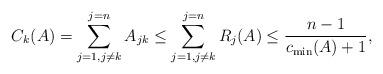
LaTeX: \begin{align*}C_k(A)=\sum_{j=1,j\neq k}^{j=n}A_{jk} \leq \sum_{j=1,j\neq k}^{j=n} R_j(A) \leq \dfrac{n-1}{c_{\min}(A) +1},\end{align*}